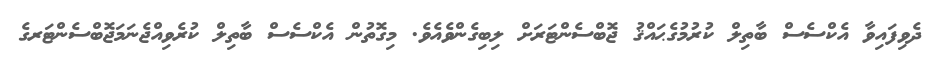
ދެވިފައިވާ އެކްސެސް ބާތިލް ކުރުމުގެޙައްޤު ޖޮބްސެންޓަރަށް ލިބިގެންވެއެވެ. މިގޮތުން އެކްސެސް ބާތިލް ކުރެވިއްޖެނަމަޖޮބްސެންޓަރގެ